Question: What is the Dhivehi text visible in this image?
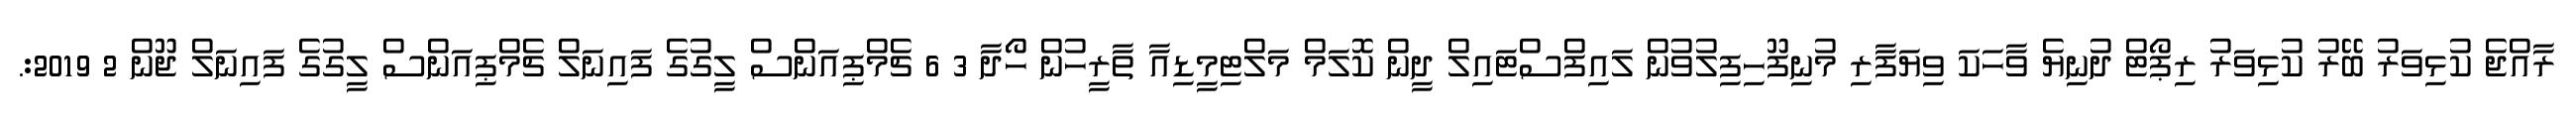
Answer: ރާއްޖެ ކުޅިވަރު ބޭރު ކުޅިވަރު ރިޕޯޓް ދުނިޔެ ވާހަކަ ވިޔަފާރި މުނިފޫހިފިލުވުން ލައިފްސްޓައިލް ދީން ކޮލަމް މަލްޓިމީޑިއާ ތާރީހުން ހޯދާ 3 6 ޗެމްޕިއަންސް ލީގުގެ ފައިނަލް ޗެމްޕިއަންސް ލީގުގެ ފައިނަލް ޖޫން 2 2019:.